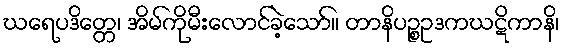
ဃရေပဒိတ္တေ၊ အိမ်ကိုမီးလောင်ခဲ့သော်။ တာနိပဉ္စဥဒကဃဋိကာနိ၊